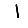
Digit: 1